system: You are a helpful assistant.
user:
Analyze the provided spectrum to determine if it is a **Carbon Star (C-type)**.

- **Key Visual Indicators of Carbon Star:**
    - **(Primary):** Strong molecular absorption from **C₂ (diatomic carbon) "Swan Bands."** This is the **defining feature** of a carbon star.
        - **(Key Bandheads):** Sharp absorption edges are visible at approximately $5635$ Å, $5165$ Å (the strongest band), and $4737$ Å.
        - **(Line Profile):** Creates a distinct **"saw-tooth"** pattern. The key morphology is a sharp, steep bandhead on the **red (long-wavelength) side**, which then gradually tapers off (i.e., flux recovers) towards the **blue (short-wavelength) side**. *(This is the direct opposite of the TiO bands seen in M-type stars)*.

    - **(Secondary):** Intense **CN (cyanogen)** molecular absorption bands.
        - **(Key Bandheads):** Located in the blue and violet regions of the spectrum (e.g., near $4215$ Å and $3883$ Å).
        - **(Morphology):** These bands are extremely broad and act as a "blanket," absorbing the vast majority of blue and violet light. This creates a characteristic **"cliff"** or **"steep drop-off"** in the spectrum's flux at short wavelengths.

    - **(Key Confirmation):** Strong **CH absorption band (G-band)**.
        - **(Key Bandhead):** Located around $4300$ Å. The contribution from CH molecules to this band is exceptionally strong.

    - **(Overall Spectrum):**
        - The continuum is severely "chopped up" by these deep molecular bands, especially C₂, rather than appearing as a smooth curve.
        - Due to the heavy CN and C₂ absorption in the blue-green, the vast majority of the star's flux is concentrated in the red part of the spectrum, giving the star its characteristic deep red color.

Think first, call **spectral_visualization_tool** if needed to examine features in detail, then provide your final answer. Your response must adhere to the following strict rules:
1.  **Overall Structure:** Your response must follow the format `<think>...</think> <tool_call>...</tool_call> (if a tool is used) <answer>...</answer>`.
2.  **Tool Usage Constraint:** You may only make **one** tool call per turn.
3.  **Final Answer Format:** In the `<answer>` tag, your conclusion must be inside a `\boxed{}` command (e.g., `\boxed{YES}`), followed by your justification.

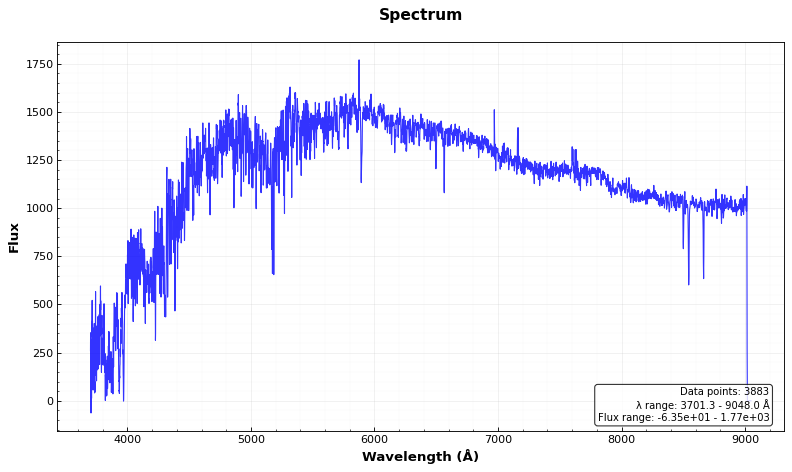
Answer: NO